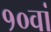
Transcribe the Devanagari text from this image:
१०वां